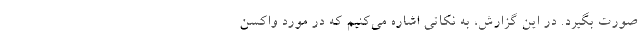
صورت بگیرد. در این گزارش، به نکاتی اشاره می‌کنیم که در مورد واکسن